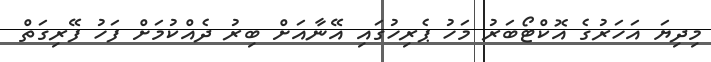
މިދިޔަ އަހަރުގެ އޮކްޓޯބަރު މަހު ޕެރިހުގައި އޭނާއަށް ބިރު ދެއްކުމަށް ފަހު ފޭރިގަތް